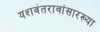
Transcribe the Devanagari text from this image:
यशवंतरावांसारख्या